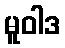
မူဝါဒ